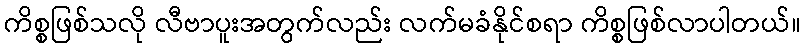
ကိစ္စဖြစ်သလို လီဗာပူးအတွက်လည်း လက်မခံနိုင်စရာ ကိစ္စဖြစ်လာပါတယ်။